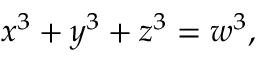
x ^ { 3 } + y ^ { 3 } + z ^ { 3 } = w ^ { 3 } ,